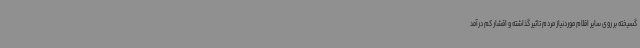
گسیخته بر روی سایر اقلام موردنیاز مردم تاثیر گذاشته و اقشار کم درآمد